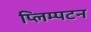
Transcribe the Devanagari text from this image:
प्लिम्पटन